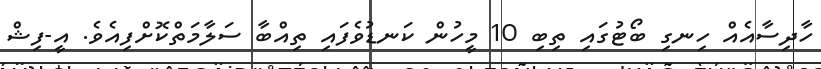
ހާދިސާއެއް ހިނގި ބޯޓުގައި ތިބި 10 މީހުން ކަނޑުވެފައި ތިއްބާ ސަލާމަތްކޮށްފިިއެވެ. އީ-ފިޝް